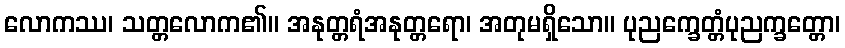
လောကဿ၊ သတ္တလောက၏။ အနုတ္တရံအနုတ္တရော၊ အတုမရှိသော။ ပုညက္ခေတ္တံပုညက္ခတ္တော၊